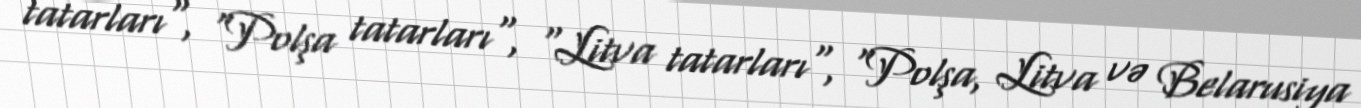
tatarları", "Polşa tatarları", "Litva tatarları", "Polşa, Litva və Belarusiya